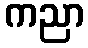
ကညာ